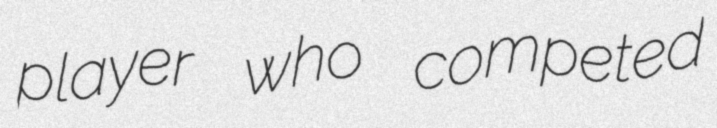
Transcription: player who competed